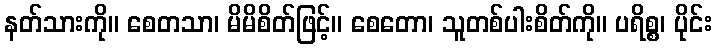
နတ်သားကို။ စေတသာ၊ မိမိစိတ်ဖြင့်။ စေတော၊ သူတစ်ပါးစိတ်ကို။ ပရိစ္စ၊ ပိုင်း